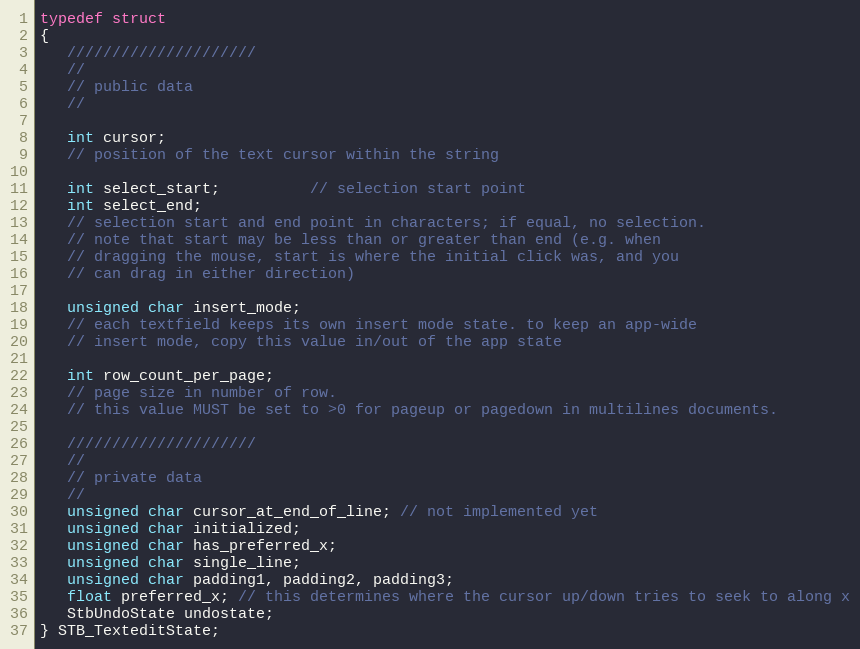
Language: C
typedef struct
{
   /////////////////////
   //
   // public data
   //

   int cursor;
   // position of the text cursor within the string

   int select_start;          // selection start point
   int select_end;
   // selection start and end point in characters; if equal, no selection.
   // note that start may be less than or greater than end (e.g. when
   // dragging the mouse, start is where the initial click was, and you
   // can drag in either direction)

   unsigned char insert_mode;
   // each textfield keeps its own insert mode state. to keep an app-wide
   // insert mode, copy this value in/out of the app state

   int row_count_per_page;
   // page size in number of row.
   // this value MUST be set to >0 for pageup or pagedown in multilines documents.

   /////////////////////
   //
   // private data
   //
   unsigned char cursor_at_end_of_line; // not implemented yet
   unsigned char initialized;
   unsigned char has_preferred_x;
   unsigned char single_line;
   unsigned char padding1, padding2, padding3;
   float preferred_x; // this determines where the cursor up/down tries to seek to along x
   StbUndoState undostate;
} STB_TexteditState;